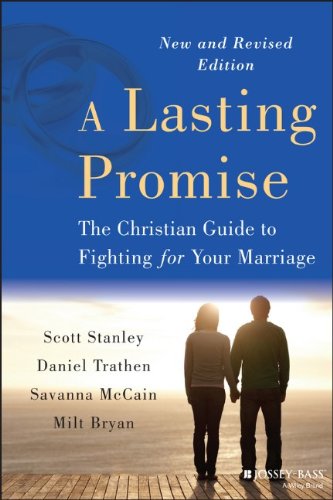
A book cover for A Lasting Promise: The Christian Guide to Fighting for Your Marriage; Scott M. Stanley; Christian Books & Bibles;